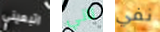
اتبعيني تاني نفي